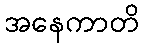
အနေကာတိ